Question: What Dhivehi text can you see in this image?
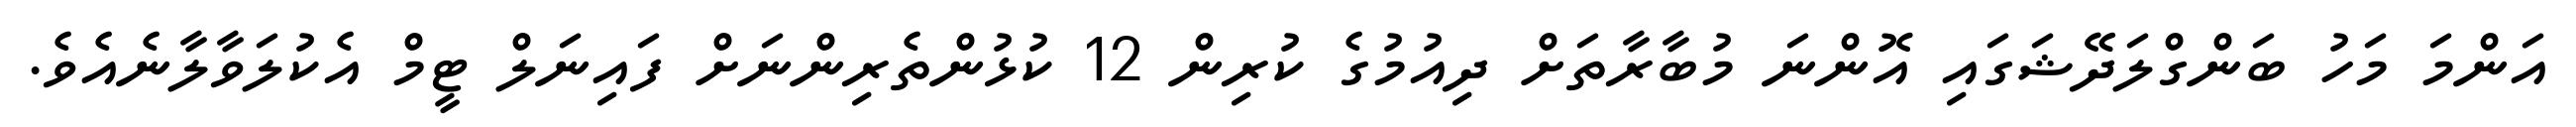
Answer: އަންމަ މަހު ބަންގްލަދޭޝަގައި އޮންނަ މުބާރާތަށް ދިއުމުގެ ކުރިން 12 ކުޅުންތެރިންނަށް ފައިނަލް ޓީމް އެކުލަވާލާނެއެވެ.